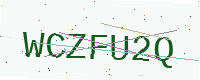
Text: WCZFU2Q